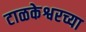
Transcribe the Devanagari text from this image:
टाळकेश्वरच्या